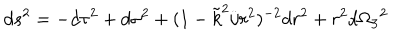
LaTeX: d s ^ { 2 } = - d \tau ^ { 2 } + d \sigma ^ { 2 } + ( 1 - \tilde { k } ^ { 2 } / r ^ { 2 } ) ^ { - 2 } d r ^ { 2 } + r ^ { 2 } d \Omega _ { 3 } { } ^ { 2 }